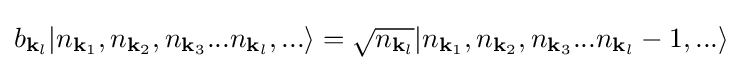
b_{{\mathbf {k} }_{l}}|n_{{\mathbf {k} }_{1}},n_{{\mathbf {k} }_{2}},n_{{\mathbf {k} }_{3}}...n_{{\mathbf {k} }_{l}},...\rangle ={\sqrt {n_{{\mathbf {k} }_{l}}}}|n_{{\mathbf {k} }_{1}},n_{{\mathbf {k} }_{2}},n_{{\mathbf {k} }_{3}}...n_{{\mathbf {k} }_{l}}-1,...\rangle